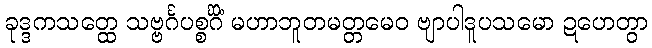
ခုဒ္ဒကသတ္ထေ သဗ္ဗင်္ဂပစ္စင်္ဂိံ မဟာဘူတမတ္တမေဝ ဗျာပါဒူပသမော ဍဟေတွာ